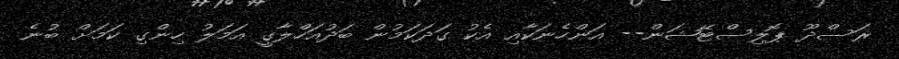
ރަސްދޫ ޕޮލިސްޓޭޝަން-- އަންހެނަކާއި އެކު ގަދަކަމުން ބަދުއަހްލާގީ އަމަލު ހިންގި ކަމަށް ބުނެ